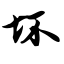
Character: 坏